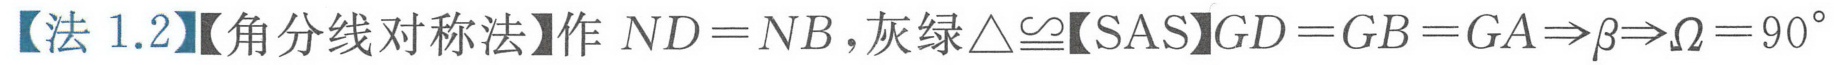
【法 1.2】【角分线对称法】作 \(ND = NB\)，灰绿\(\triangle\cong\)【SAS】\(GD = GB = GA\Rightarrow\beta\Rightarrow\Omega = 90^{\circ}\)